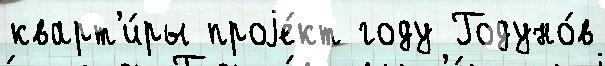
кварт'и́ры проjе́кт году Годуно́в